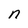
Character: n